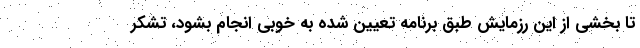
تا بخشی از این رزمایش طبق برنامه تعیین شده به خوبی انجام بشود، تشکر